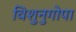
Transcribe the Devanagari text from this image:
विशुनुगोपा